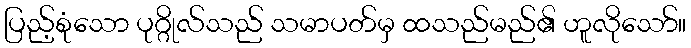
ပြည့်စုံသော ပုဂ္ဂိုလ်သည် သမာပတ်မှ ထသည်မည်၏ ဟူလိုသော်။